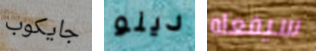
جايكوب دينو سيفعله